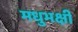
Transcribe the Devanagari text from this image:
मधुभक्षी